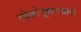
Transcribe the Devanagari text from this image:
लोकोद्धारासाठी